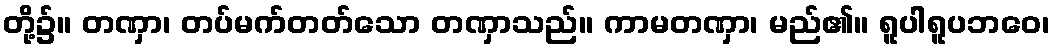
တို့၌။ တဏှာ၊ တပ်မက်တတ်သော တဏှာသည်။ ကာမတဏှာ၊ မည်၏။ ရူပါရူပဘဝေ၊